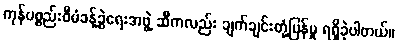
ကုန်ပစ္စည်းစီမံခန့်ခွဲရေးအဖွဲ့ ဆီကလည်း ချက်ချင်းတုံ့ပြန်မှု ရရှိခဲ့ပါတယ်။